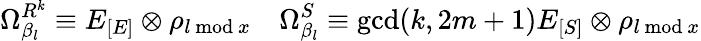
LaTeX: \Omega_{\beta_{l}}^{R^{k}}\equiv E_{[E]}\otimes\rho_{l\mathrm{~mod~}x}~~~~\Omega_{\beta_{l}}^{S}\equiv\mathrm{gcd}(k,2m+1)E_{[S]}\otimes\rho_{l\mathrm{~mod~}x}